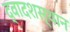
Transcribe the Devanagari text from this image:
द्वादशस्थान